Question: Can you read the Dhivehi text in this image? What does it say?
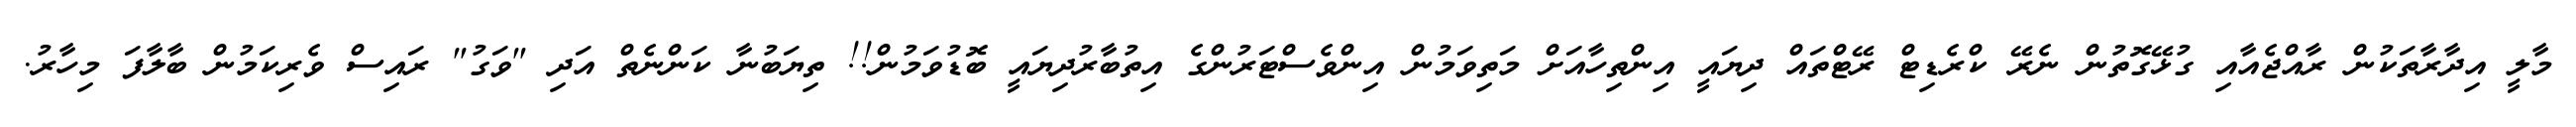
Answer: މާލީ އިދާރާތަކުން ރާއްޖެއާއި ގުޅޭގޮތުން ނެރޭ ކްރެޑިޓް ރޭޓްތައް ދިޔައީ އިންތިހާއަށް މަތިވަމުން އިންވެސްޓަރުންގެ އިތުބާރުދިޔައީ ބޮޑުވަމުން!! ތިޔަބުނާ ކަންނެތް އަދި "ވަގު" ރައިސް ވެރިކަމުން ބާލާފަ މިހާރު.